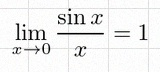
\lim_{x\to0}\frac{\sin x}{x}=1